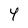
Character: 4